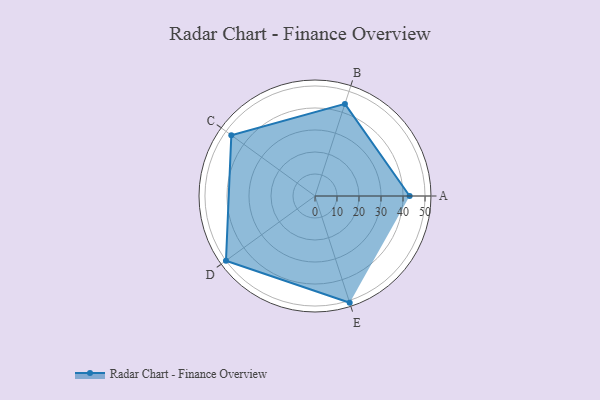
{"axis": {"x": "Skill", "y": "Score"}, "legend": ["Profile"], "data": [{"x": "A", "y": 43.0, "type": "Profile"}, {"x": "B", "y": 44.0, "type": "Profile"}, {"x": "C", "y": 47.0, "type": "Profile"}, {"x": "D", "y": 50.0, "type": "Profile"}, {"x": "E", "y": 51.0, "type": "Profile"}]}